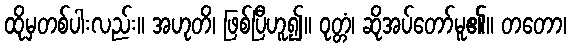
ထိုမှတစ်ပါးလည်း။ အဟုတိ၊ ဖြစ်ပြီဟူ၍။ ဝုတ္တံ၊ ဆိုအပ်တော်မူ၏။ တတော၊